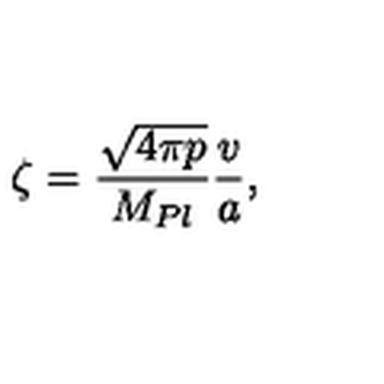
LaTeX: \zeta = \frac { \sqrt { 4 \pi p } } { M _ { P l } } \frac { v } { a } ,